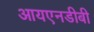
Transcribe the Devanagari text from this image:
आयएनडीबी